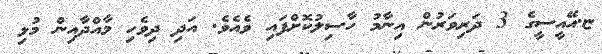
ޏ.އޭއީސީގެ 3 ދަރިވަރުން އިނާމު ހާސިލުކޮށްފައި ވެއެވެ. އަދި ދިވެހި މާއްދާއިން މުޅި